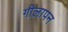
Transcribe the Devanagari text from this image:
गीलापन